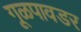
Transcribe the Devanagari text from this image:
गूळपावडर